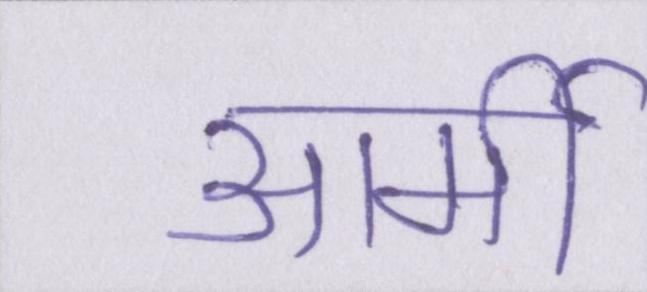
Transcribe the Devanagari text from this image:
आर्मी